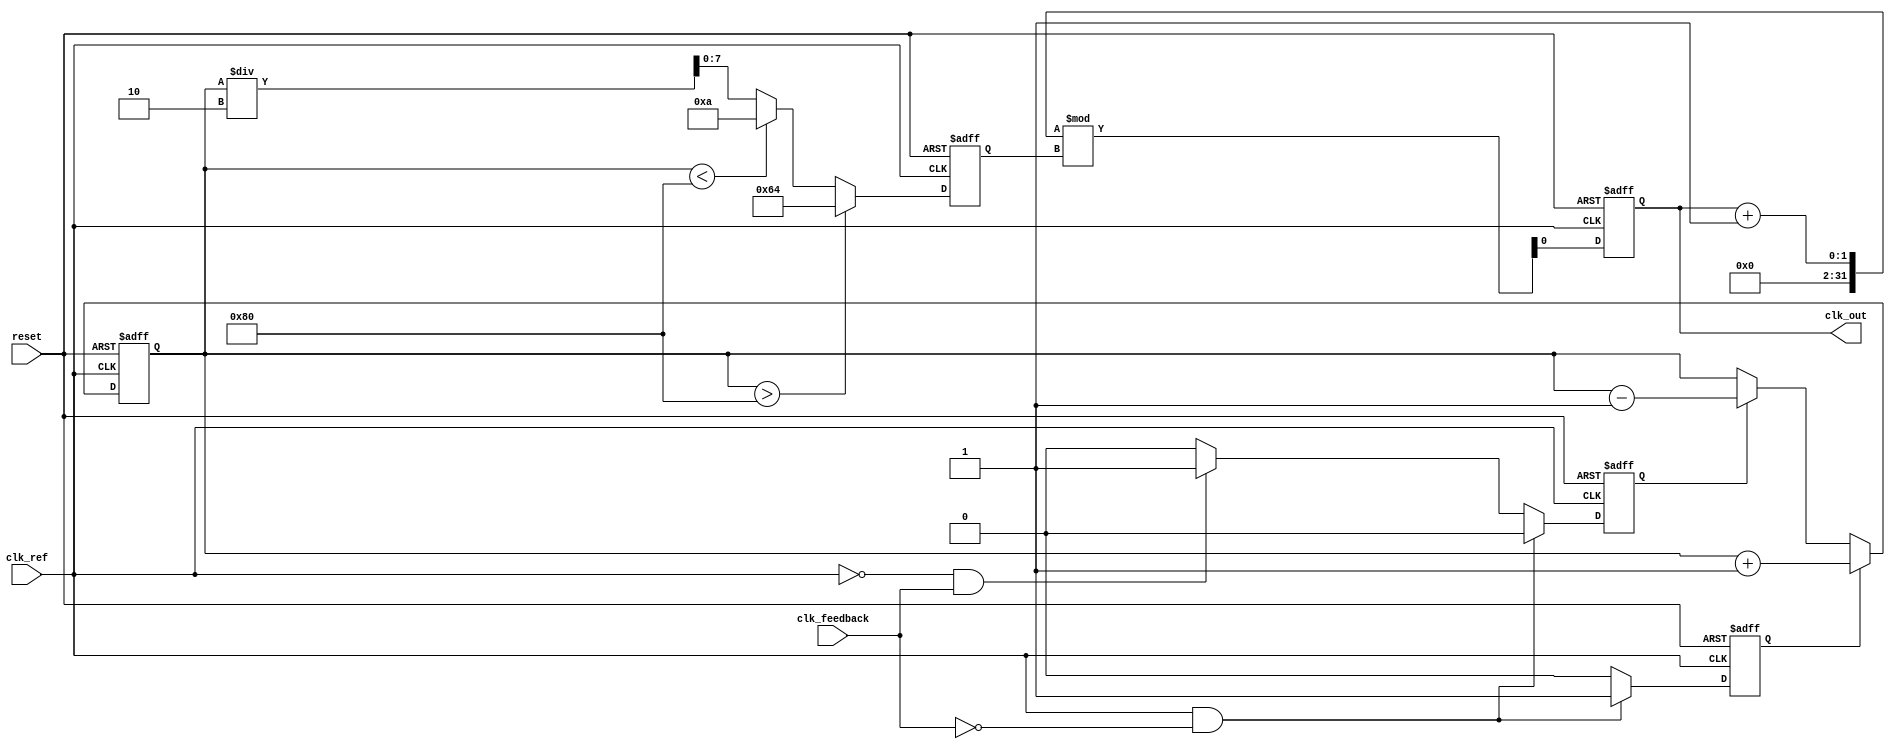
module pll (
    input wire clk_ref,          // Reference clock input
    input wire clk_feedback,     // Feedback clock input
    input wire reset,            // Reset signal
    output reg clk_out           // Output clock
);

// Parameters
parameter VCO_MAX_FREQ = 100; // Maximum frequency for VCO
parameter VCO_MIN_FREQ = 10;   // Minimum frequency for VCO
parameter LOOP_FILTER_GAIN = 1; // Gain for loop filter

// Internal signals
reg [7:0] control_voltage;      // Control voltage for VCO
reg [7:0] vco_frequency;        // Current frequency of VCO
reg pfd_out_up, pfd_out_down;  // PFD outputs
reg [7:0] loop_filter;          // Loop filter output

// Phase Frequency Detector (PFD)
always @(posedge clk_ref or posedge reset) begin
    if (reset) begin
        pfd_out_up <= 0;
        pfd_out_down <= 0;
    end else begin
        if (clk_ref && !clk_feedback) begin
            pfd_out_up <= 1;   // Reference clock is leading
            pfd_out_down <= 0;
        end else if (!clk_ref && clk_feedback) begin
            pfd_out_up <= 0;
            pfd_out_down <= 1; // Feedback clock is leading
        end else begin
            pfd_out_up <= 0;
            pfd_out_down <= 0; // No phase difference
        end
    end
end

// Charge Pump
always @(posedge clk_ref or posedge reset) begin
    if (reset) begin
        control_voltage <= 0;
    end else begin
        if (pfd_out_up) begin
            control_voltage <= control_voltage + LOOP_FILTER_GAIN; // Increase control voltage
        end else if (pfd_out_down) begin
            control_voltage <= control_voltage - LOOP_FILTER_GAIN; // Decrease control voltage
        end
    end
end

// Voltage-Controlled Oscillator (VCO)
always @(posedge clk_ref or posedge reset) begin
    if (reset) begin
        vco_frequency <= VCO_MIN_FREQ; // Start at minimum frequency
    end else begin
        // Adjust VCO frequency based on control voltage
        if (control_voltage > 128) begin
            vco_frequency <= VCO_MAX_FREQ; // Max frequency
        end else if (control_voltage < 128) begin
            vco_frequency <= VCO_MIN_FREQ; // Min frequency
        end else begin
            vco_frequency <= (control_voltage / 2); // Scale control voltage to frequency
        end
    end
end

// Output Driver
always @(posedge clk_ref or posedge reset) begin
    if (reset) begin
        clk_out <= 0;
    end else begin
        // Generate output clock based on VCO frequency
        clk_out <= (clk_out + 1) % vco_frequency; // Simple counter for output clock
    end
end

endmodule